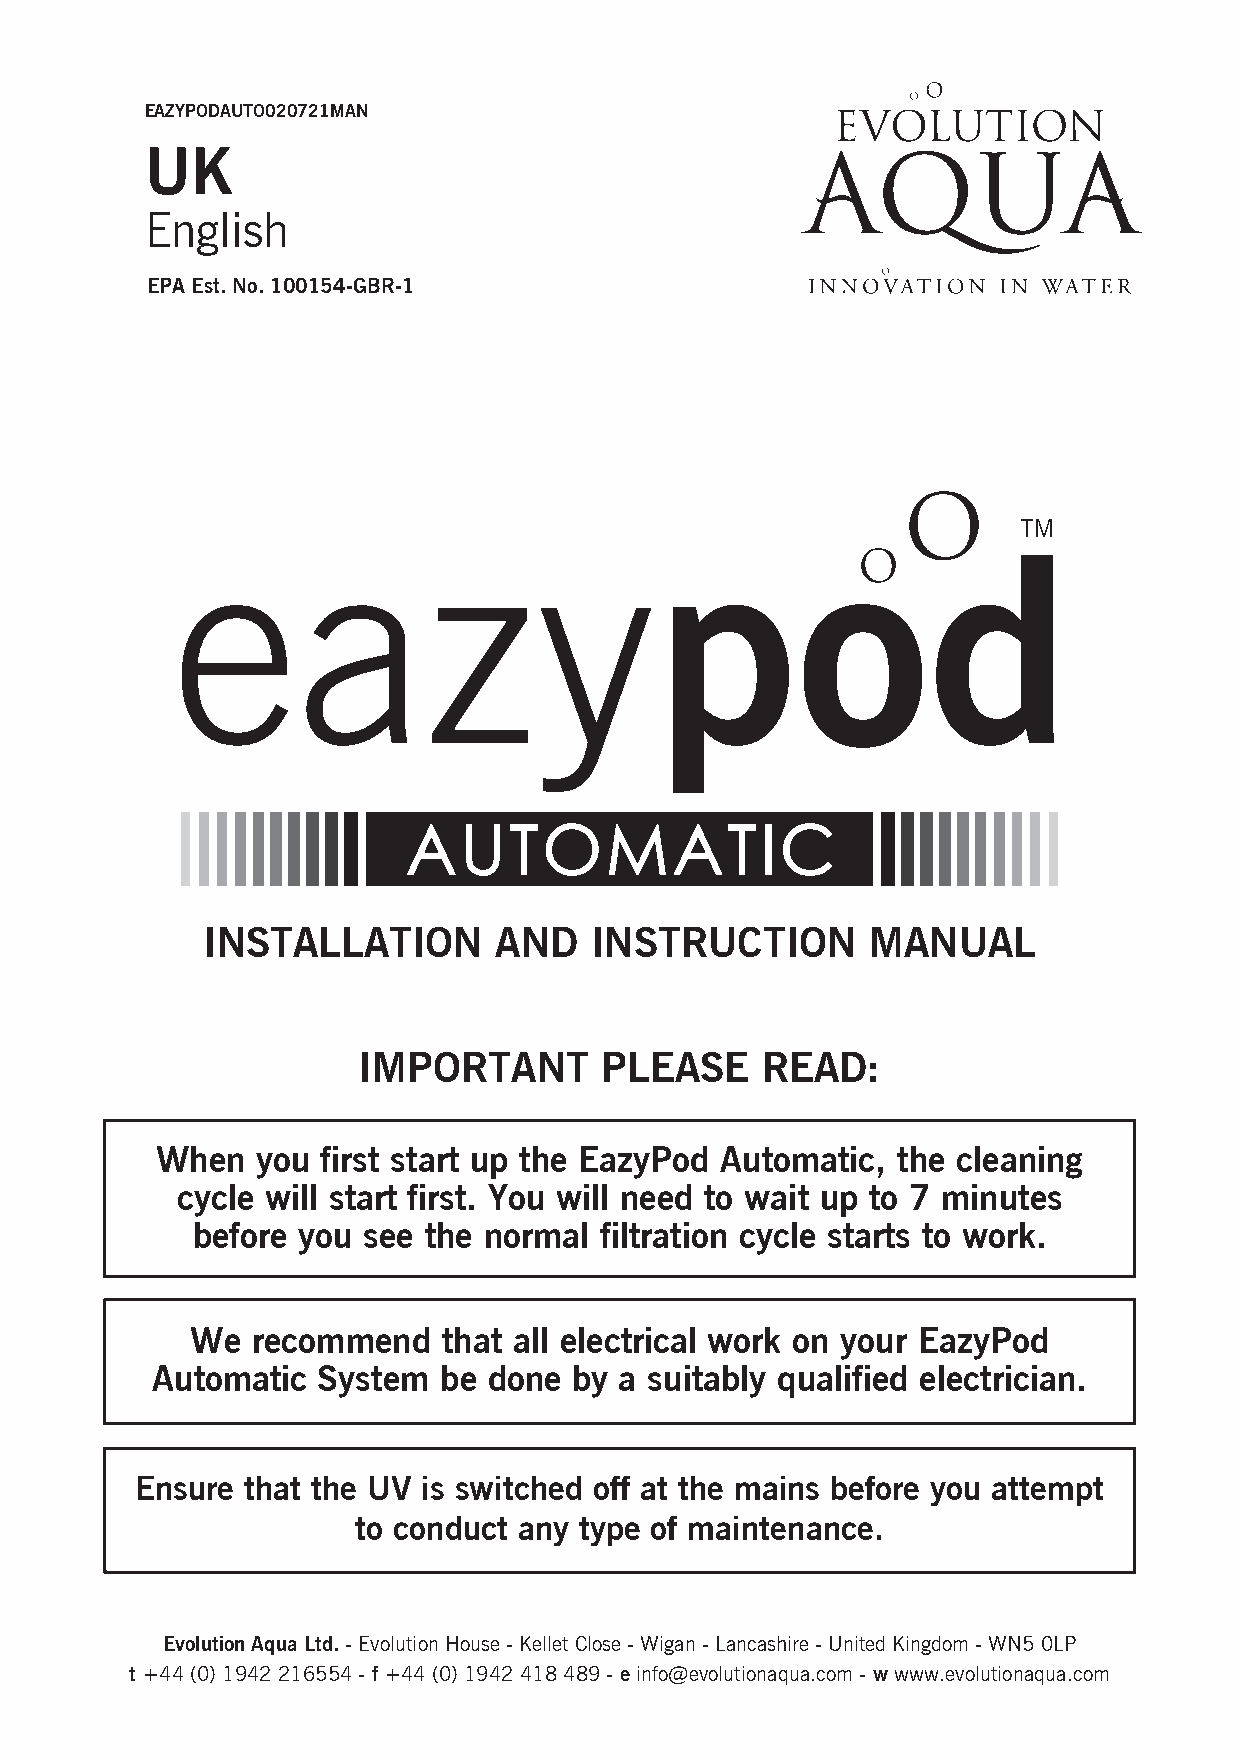
EAZYPODAUTO020721MAN
 UK
 English
 EPA Est. No. 100154-GBR-1
 INSTALLATION        AND   INSTRUCTION        MANUAL
 IMPORTANT       PLEASE    READ:
 When   you first start up the EazyPod Automatic, the cleaning
 cycle will start first. You will need to wait up to 7 minutes
 before you see the normal  filtration cycle starts to work.
 We  recommend   that all electrical work on your EazyPod
 Automatic  System  be done  by a suitably qualified electrician.
 Ensure that the UV is switched off at the mains before you attempt
 to conduct any type of maintenance.
 Evolution Aqua Ltd. - Evolution House - Kellet Close - Wigan - Lancashire - United Kingdom - WN5 0LP
 t +44 (0) 1942 216554 - f +44 (0) 1942 418 489 - e info@evolutionaqua.com - w www.evolutionaqua.com